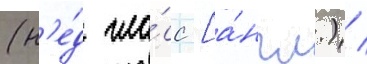
(н'е́д гла́сс [а́нгл.) /